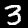
Digit: 3